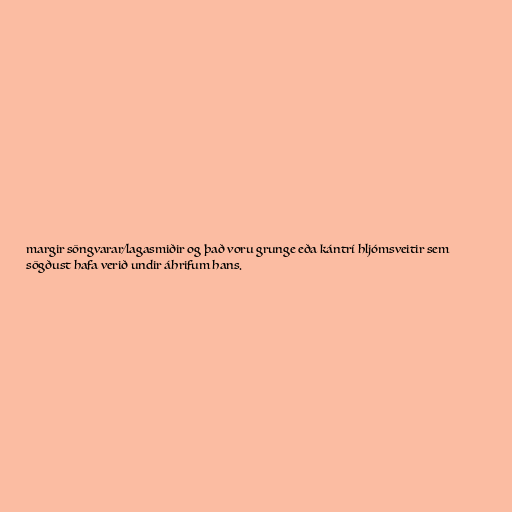
margir söngvarar/lagasmiðir og það voru grunge eða kántrí hljómsveitir sem
sögðust hafa verið undir áhrifum hans.